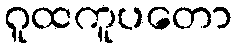
ဂူထကူပတော